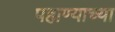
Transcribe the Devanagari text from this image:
पहाण्याच्या